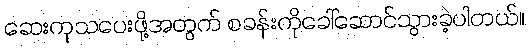
ဆေးကုသပေးဖို့အတွက် စခန်းကိုခေါ်ဆောင်သွားခဲ့ပါတယ်။